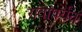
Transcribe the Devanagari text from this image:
रावांपर्यंत